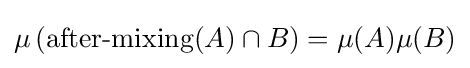
\mu \left({\mbox{after-mixing}}(A)\cap B\right)=\mu (A)\mu (B)